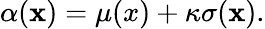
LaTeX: \begin{array}{r}{\alpha(\mathbf{x})=\mu({x})+\kappa\sigma(\mathbf{x}).}\end{array}